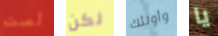
لست لكن وأولئك يا